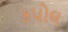
કપોલ